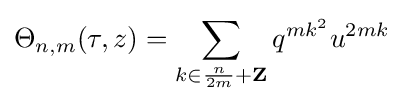
\Theta _{n,m}(\tau ,z)=\sum _{k\in {\frac {n}{2m}}+\mathbf {Z} }q^{mk^{2}}u^{2mk}